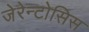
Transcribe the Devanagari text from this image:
जेरेन्टोसिस